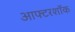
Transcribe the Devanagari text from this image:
आफ्टरशॉक